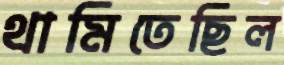
থামিতেছিল